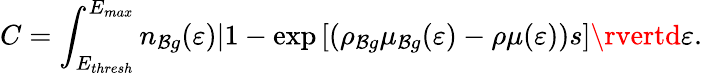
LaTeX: C=\int_{E_{thresh}}^{E_{max}}n_{\mathcal{B}g}(\varepsilon)\lvert1-\exp\left[\left(\rho_{\mathcal{B}g}\mu_{\mathcal{B}g}(\varepsilon)-\rho\mu(\varepsilon)\right)s\right]\rvertd\varepsilon.